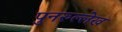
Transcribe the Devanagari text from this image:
पुनरुल्लेख